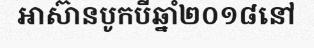
អាស៊ានបូកបីឆ្នាំ២០១៨នៅ